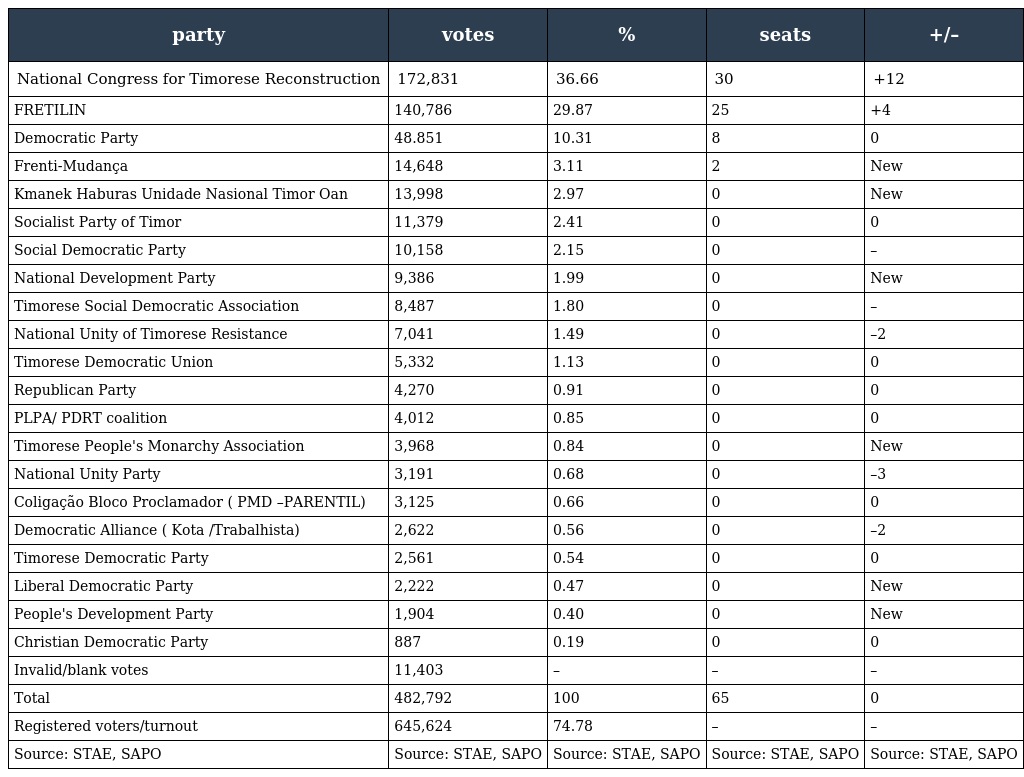
| party | votes | % | seats | +/– |
 | --- | --- | --- | --- | --- |
 | National Congress for Timorese Reconstruction | 172,831 | 36.66 | 30 | +12 |
 | FRETILIN | 140,786 | 29.87 | 25 | +4 |
 | Democratic Party | 48.851 | 10.31 | 8 | 0 |
 | Frenti-Mudança | 14,648 | 3.11 | 2 | New |
 | Kmanek Haburas Unidade Nasional Timor Oan | 13,998 | 2.97 | 0 | New |
 | Socialist Party of Timor | 11,379 | 2.41 | 0 | 0 |
 | Social Democratic Party | 10,158 | 2.15 | 0 | – |
 | National Development Party | 9,386 | 1.99 | 0 | New |
 | Timorese Social Democratic Association | 8,487 | 1.80 | 0 | – |
 | National Unity of Timorese Resistance | 7,041 | 1.49 | 0 | –2 |
 | Timorese Democratic Union | 5,332 | 1.13 | 0 | 0 |
 | Republican Party | 4,270 | 0.91 | 0 | 0 |
 | PLPA/ PDRT coalition | 4,012 | 0.85 | 0 | 0 |
 | Timorese People's Monarchy Association | 3,968 | 0.84 | 0 | New |
 | National Unity Party | 3,191 | 0.68 | 0 | –3 |
 | Coligação Bloco Proclamador ( PMD –PARENTIL) | 3,125 | 0.66 | 0 | 0 |
 | Democratic Alliance ( Kota /Trabalhista) | 2,622 | 0.56 | 0 | –2 |
 | Timorese Democratic Party | 2,561 | 0.54 | 0 | 0 |
 | Liberal Democratic Party | 2,222 | 0.47 | 0 | New |
 | People's Development Party | 1,904 | 0.40 | 0 | New |
 | Christian Democratic Party | 887 | 0.19 | 0 | 0 |
 | Invalid/blank votes | 11,403 | – | – | – |
 | Total | 482,792 | 100 | 65 | 0 |
 | Registered voters/turnout | 645,624 | 74.78 | – | – |
 | Source: STAE, SAPO | Source: STAE, SAPO | Source: STAE, SAPO | Source: STAE, SAPO | Source: STAE, SAPO |